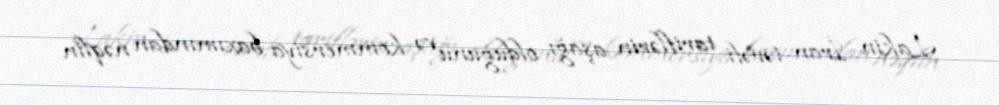
Lakin İran tərəfi tariflərin aşağı olduğunu və kommersiya baxımından nəqlin